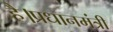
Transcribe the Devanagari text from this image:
है।प्रधानमंत्री